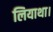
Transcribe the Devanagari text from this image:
लियाथा।